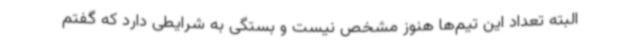
البته تعداد این تیم‌ها هنوز مشخص نیست و بستگی به شرایطی دارد که گفتم